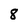
Character: 8